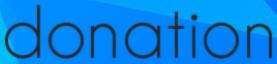
donation